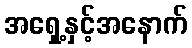
အရှေ့နှင့်အနောက်